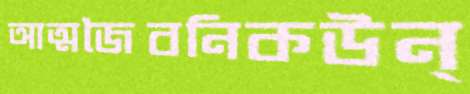
আত্মজৈবনিকউন্